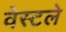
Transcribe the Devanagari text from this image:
वेस्टले